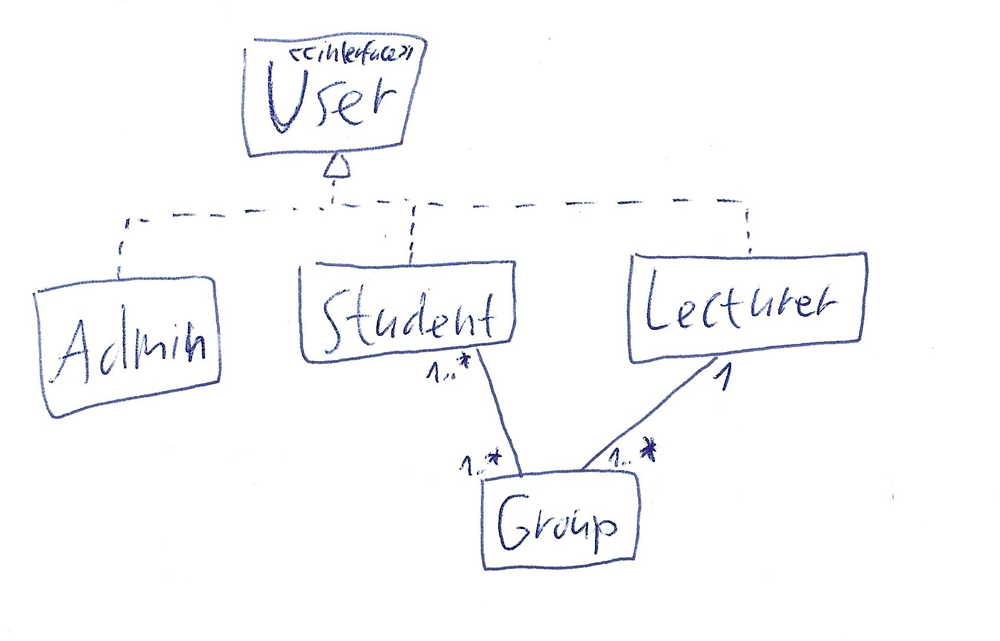
Diagram type: class_diagram
```plantuml
@startuml

interface User

class Admin implements User

class Student implements User

class Lecturer implements User

class Group

Group "1..*" -- "1..*" Student
Group "1..*" -- "1" Lecturer

@enduml
```